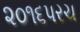
૨૦૧૬પરચ